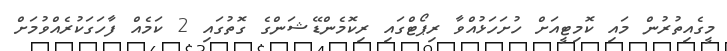
މީގެއިތުރުން މައި ކޮމިޓީއަށް ހުށަހަޅުއްވާ ރިޕޯޓްގައި ރިކޮމެންޑޭޝަންގެ ގޮތުގައި 2 ކަމެއް ފާހަގަކުރެއްވުމަށް